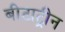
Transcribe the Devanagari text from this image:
बीटाट्रीन